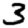
Digit: 3